Scottish Leaving Certificate Examination, 1961
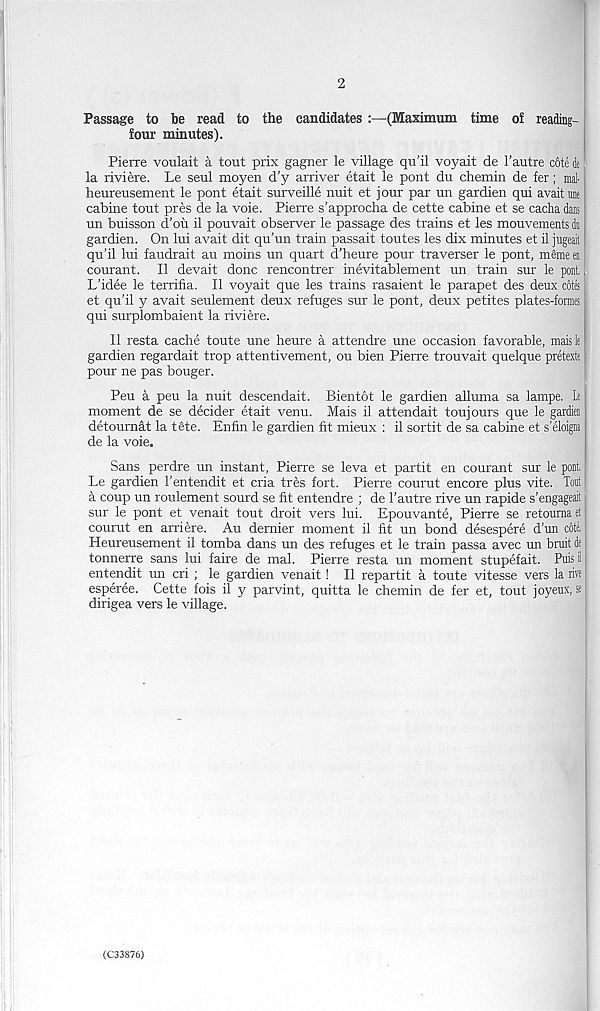
2
Passage to be read to the candidates :—(Maximum time of reading-
four minutes).
Pierre voulait a tout prix gagner le village qu’il voyait de 1’autre c6te de
la riviere. Le seul moyen d’y arriver etait le pout du chemin de fer; mal-
heureusement le pont etait surveille nuit et jour par un gardien qui avail me
cabine tout pres de la voie. Pierre s'approcha de cette cabine et se cacha dans
un buisson d'ou il pouvait observer le passage des trains et les mouvements du
gardien. On lui avait dit qu’un train passait toutes les dix minutes et il jugeait
qu’il lui faudrait au moins un quart d’heure pour traverser le pont, meme en
courant. Il devait done rencontrer inevitablement un train sur le pont,
L’idee le terrifia. Il voyait que les trains rasaient le parapet des deux cotes
et qu’il y avait seulement deux refuges sur le pont, deux petites plates-formes
qui surplombaient la riviere.
Il resta cache toute une heure a attendee une occasion favorable, maisle
gardien regardait trop attentivement, ou bien Pierre trouvait quelque pretexte
pour ne pas bouger.
Peu a peu la nuit descendait. Bientot le gardien alluma sa lampe. Le
moment de se decider etait venu. Mais il attendait toujours que le gardien
detournat la tSte. Enfin le gardien fit mieux : il sortit de sa cabine et s’eloigna
de la voie.
Sans perdre un instant, Pierre se leva et partit en courant sur le pont,
Le gardien 1’entendit et cria tres fort. Pierre courut encore plus vite. Tout
a coup un roulement sourd se fit entendre ; de 1’autre rive un rapide s’engageait
sur le pont et venait tout droit vers lui. Epouvante, Pierre se retouma et
courut en arriere. Au dernier moment il fit un bond desespere d’un cdte,
Heureusement il tomba dans un des refuges et le train passa avec un bruit de
tonnerre sans lui faire de mal. Pierre resta un moment stupefait. Puis il
entendit un cri ; le gardien venait! Il repartit a toute vitesse vers la rive |
esperee. Cette fois il y parvint, quitta le chemin de fer et, tout joyeux, sej
dirigea vers le village.
(C33876)